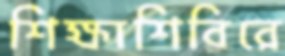
শিক্ষাশিবিরে